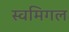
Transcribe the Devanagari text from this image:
स्वमिगल